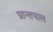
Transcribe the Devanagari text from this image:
प्रान्तपाल